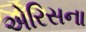
એરિસના